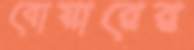
বোয়ারের